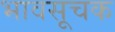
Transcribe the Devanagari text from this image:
भावसूचक